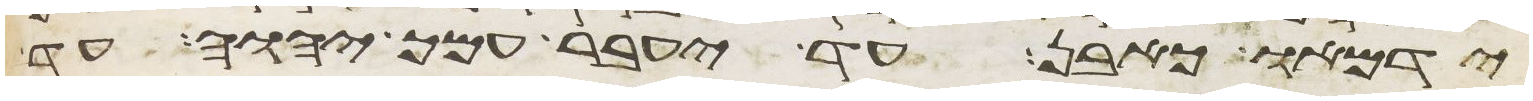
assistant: ידמאו כאבן עד יעבר עמך יהוה עד